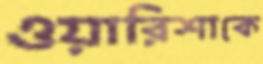
ওয়ারিশাকে